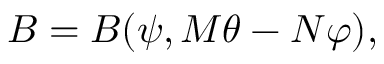
B = B ( \psi , M \theta - N \varphi ) ,